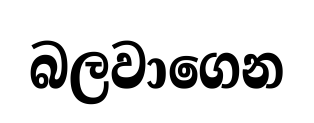
බලවාගෙන